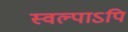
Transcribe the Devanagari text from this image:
स्वल्पाऽपि